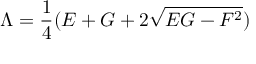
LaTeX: \Lambda = \frac { 1 } { 4 } ( E + G + 2 \sqrt { E G - F ^ { 2 } } )